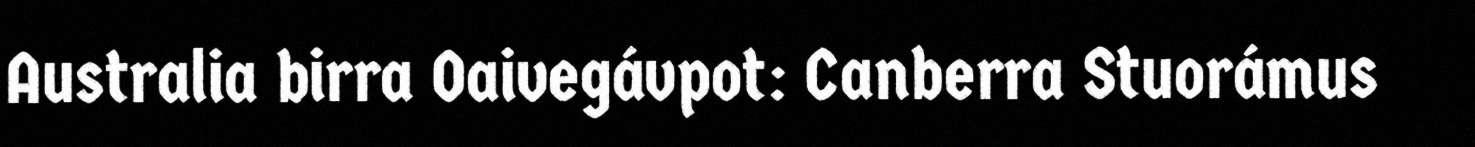
Australia birra Oaivegávpot: Canberra Stuorámus